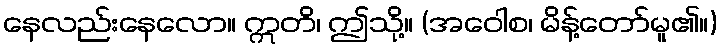
နေလည်းနေလော။ ဣတိ၊ ဤသို့။ (အဝေါစ၊ မိန့်တော်မူ၏။)